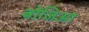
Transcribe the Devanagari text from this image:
बोजिआ